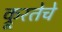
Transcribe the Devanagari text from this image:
क्रूरतेचे